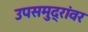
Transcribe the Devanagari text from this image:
उपसमुद्रांवर